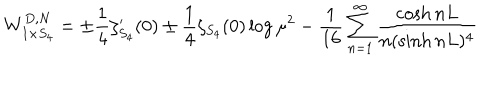
W _ { I \times S _ { 4 } } ^ { D , N } = \pm \frac 1 4 \zeta _ { S _ { 4 } } ^ { \prime } ( 0 ) \pm \frac 1 4 \zeta _ { S _ { 4 } } ( 0 ) \log \mu ^ { 2 } - \frac { 1 } { 1 6 } \sum _ { n = 1 } ^ { \infty } \frac { \cosh n L } { n ( \sinh n L ) ^ { 4 } }